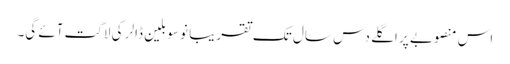
اس منصوبے پر اگلے دس سال تک تقریباً نو سو بلین ڈالر کی لاگت آئے گی۔